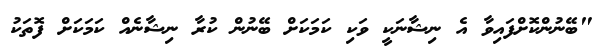
"ބޭނުންކޮށްފައިވާ އެ ނިޝާނަކީ ވަކި ކަމަކަށް ބޭނުން ކުރާ ނިޝާނެއް ކަމަކަށް ފޮތަކު